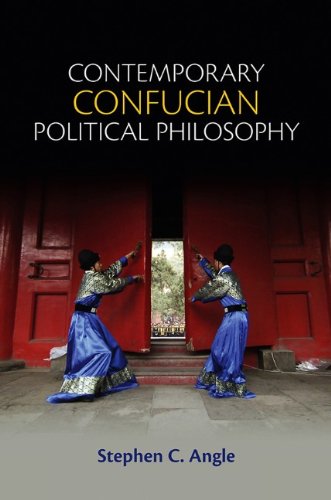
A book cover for Contemporary Confucian Political Philosophy; Stephen C. Angle; Religion & Spirituality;